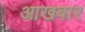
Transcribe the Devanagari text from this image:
आखबार